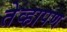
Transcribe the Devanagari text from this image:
तेव्हापण